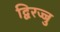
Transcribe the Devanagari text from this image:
द्विरज्जु